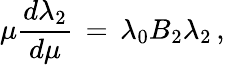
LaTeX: \mu{\frac{d\lambda_{2}}{d\mu}}\, =\, \lambda_{0}B_{2}\lambda_{2}\, ,